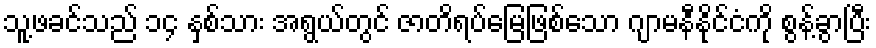
သူ့ဖခင်သည် ၁၄ နှစ်သား အရွယ်တွင် ဇာတိရပ်မြေဖြစ်သော ဂျာမနီနိုင်ငံကို စွန့်ခွာပြီး